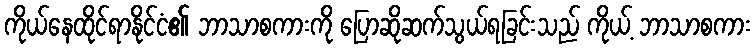
ကိုယ်နေထိုင်ရာနိုင်ငံ၏ ဘာသာစကားကို ပြောဆိုဆက်သွယ်ရခြင်းသည် ကိုယ့် ဘာသာစကား